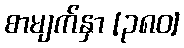
စာမျက်နှာ [၃၈၀]